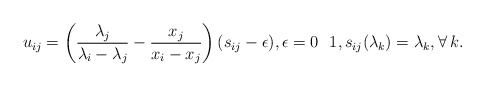
\begin{gather*} u_{ij} = \left({\lambda_j \over \lambda_i-\lambda_j} - {x_j \over x_i-x_j}\right)(s_{ij}-\epsilon), \epsilon = 0 \ \ 1, s_{ij}(\lambda_k) =\lambda_k, \forall\, k. \end{gather*}